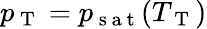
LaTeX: p_{\mathrm{~T~}}=p_{\mathrm{~s~a~t~}}(T_{\mathrm{~T~}})